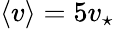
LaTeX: \langle v\rangle=5v_{\star}